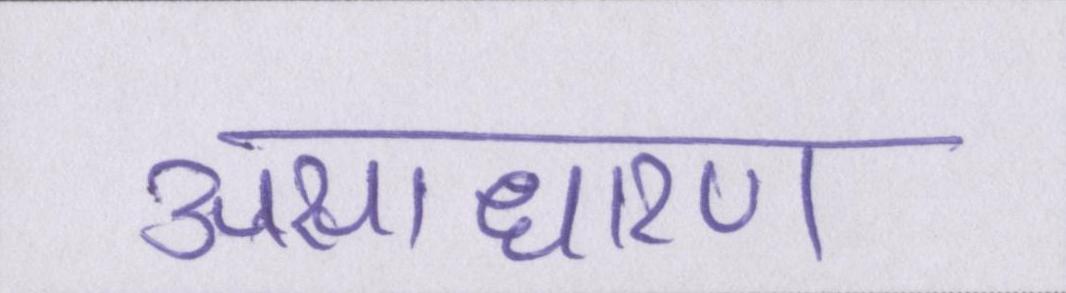
असाधारण